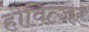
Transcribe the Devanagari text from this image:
होवित्जर